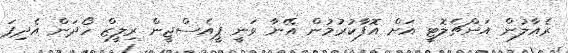
ރެއާލުން އަންޗެލޮޓީ އަށް އޮފާކުރުމުން އޭނާ ވަނީ ޕީއެސްޖީން ރިލީޒް ހޯދަން އެދިފަ